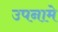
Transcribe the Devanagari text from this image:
उपनामे